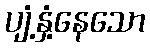
ပျံ့နှံ့နေသော